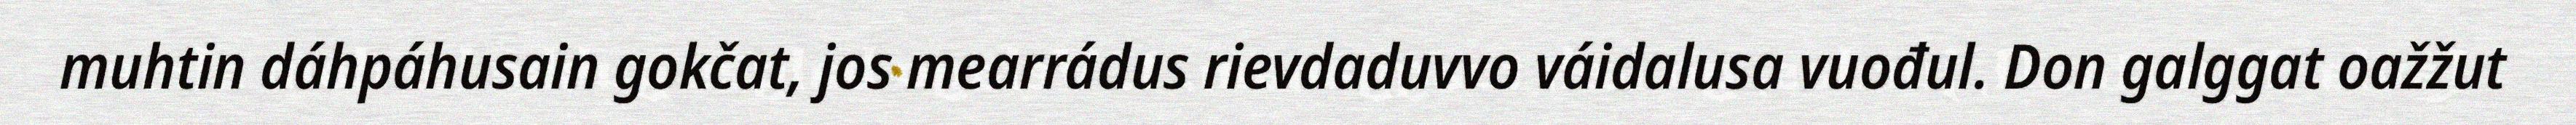
muhtin dáhpáhusain gokčat, jos mearrádus rievdaduvvo váidalusa vuođul. Don galggat oažžut